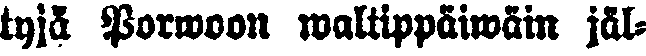
tyjä Porwoon waltiopäiwäin jäl-